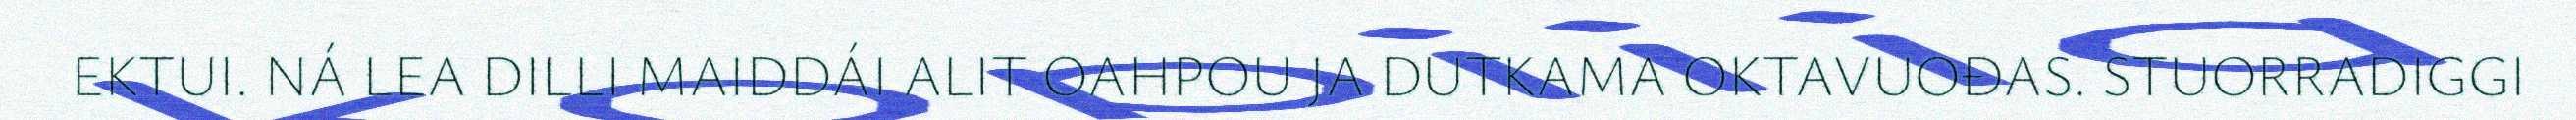
EKTUI. NÁ LEA DILLI MAIDDÁI ALIT OAHPOU JA DUTKAMA OKTAVUOĐAS. STUORRADIGGI